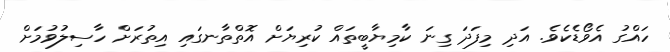
ހައްގު އެވޯޑެކެވެ. އަދި މިފަދަ ގިނަ ކާމިޔާބީތައް ކުރިޔަށް އޮތްތާނގައި އިތުރަށް ހާސިލުވުމަށް